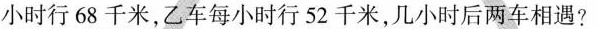
小时行68千米，乙车每小时行52千米，几小时后两车相遇?